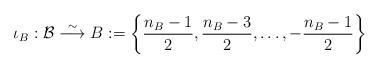
LaTeX: \begin{align*} \iota_B : \mathcal{B} \stackrel{\sim}{\longrightarrow} B:= \left\{\frac{n_B-1}{2} , \frac{n_B-3}{2}, \dots, - \frac{n_B-1}{2} \right\}\end{align*}